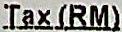
TAX(RM)